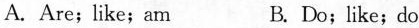
A. Are;like;am B. Do;like;do